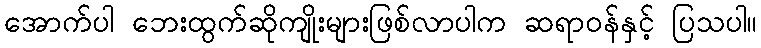
အောက်ပါ ဘေးထွက်ဆိုကျိုးများဖြစ်လာပါက ဆရာဝန်နှင့် ပြသပါ။